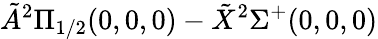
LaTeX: \tilde{A}^{2}\Pi_{1/2}(0,0,0)-\tilde{X}^{2}\Sigma^{+}(0,0,0)